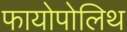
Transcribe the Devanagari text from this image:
फायोपोलिथ